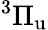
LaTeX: ^3\Pi_{\mathrm{u}}